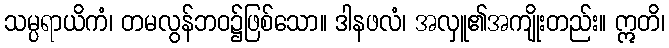
သမ္ပရာယိကံ၊ တမလွန်ဘဝ၌ဖြစ်သော။ ဒါနဖလံ၊ အလှူ၏အကျိုးတည်း။ ဣတိ၊